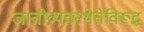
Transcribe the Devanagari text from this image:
जातीव्यवस्थेतेविरूद्ध